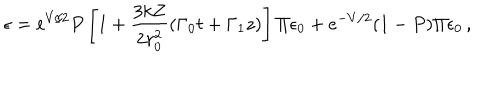
\epsilon = e ^ { V / 2 } P \left[ 1 + \frac { 3 k Z } { 2 r _ { 0 } ^ { 2 } } ( \Gamma _ { 0 } t + \Gamma _ { 1 } z ) \right] \Pi \epsilon _ { 0 } + e ^ { - V / 2 } ( 1 - P ) \Pi \epsilon _ { 0 } \, ,